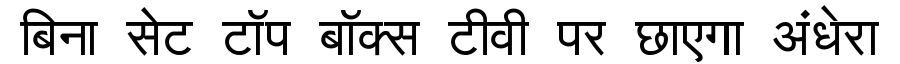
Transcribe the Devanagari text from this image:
बिना सेट टॉप बॉक्स टीवी पर छाएगा अंधेरा